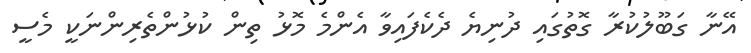
އޭނާ ގަބޫލުކުރާ ގޮތުގައި ދުނިޔެ ދެކެފައިވާ އެންމެ މޮޅު ތިން ކުޅުންތެރިންނަކީ މެސީ